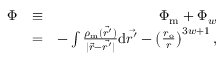
\begin{array} { r l r } { \Phi } & { \equiv } & { \Phi _ { \mathrm { m } } + \Phi _ { w } } \\ & { = } & { - \int \frac { \rho _ { \mathrm { m } } ( \vec { r ^ { \prime } } ) } { \mid \vec { r } - \vec { r ^ { \prime } } \mid } \mathrm { d } \vec { r ^ { \prime } } - \left( \frac { r _ { \mathrm { { o } } } } { r } \right) ^ { 3 w + 1 } , } \end{array}